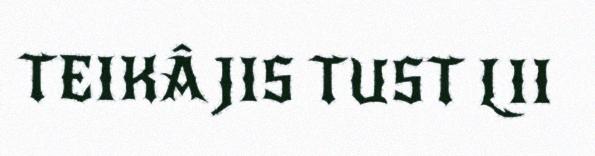
TEIKÂ JIS TUST LII